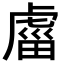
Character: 𧇄